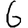
Digit: 6